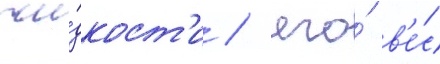
жи́дкост'и / его́ в'е́с